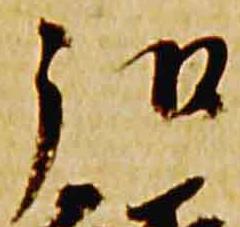
弘